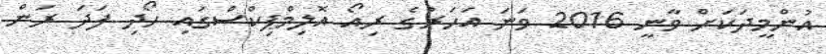
އުންމީދަކަށް ވާނީ 2016 ވަނަ އަހަރުގެ ރިއޯ އޮލިމްޕިކްސްގައި ހޯދި ފަދަ ރަން